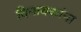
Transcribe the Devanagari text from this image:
विनायकांना